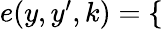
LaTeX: \begin{array}{r}{e(y,y^{\prime},k)=\left\{ \begin{array}{rl}\end{array}\right.}\end{array}